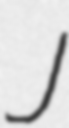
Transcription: J